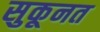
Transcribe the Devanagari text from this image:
सुकूनत